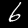
Digit: 6